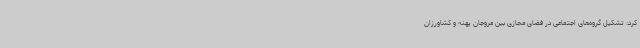
کرد: تشکیل گروه‌های اجتماعی در فضای مجازی بین مروجان پهنه و کشاورزان